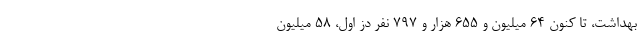
بهداشت،‌ تا کنون ۶۴ میلیون و ۶۵۵ هزار و ۷۹۷ نفر دُز اول، ۵۸ میلیون